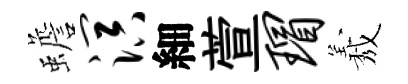
蟾溟細萱瑁𦏁